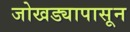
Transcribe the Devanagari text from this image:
जोखड्यापासून